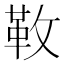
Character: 𩉩